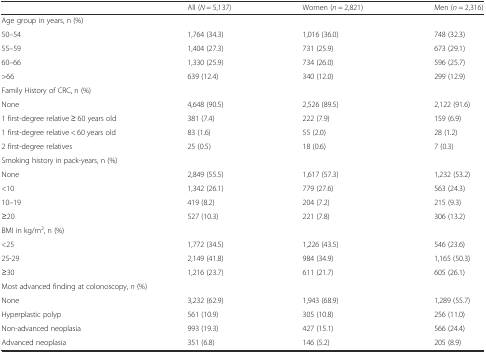
<table><thead><tr><td></td><td><b>All (<i>N</i> = 5,137)</b></td><td><b>Women (<i>n</i> = 2,821)</b></td><td><b>Men (<i>n</i> = 2,316)</b></td></tr></thead><tbody><tr><td>Age group in years, n (%)</td><td></td><td></td><td></td></tr><tr><td>50–54</td><td>1,764 (34.3)</td><td>1,016 (36.0)</td><td>748 (32.3)</td></tr><tr><td>55–59</td><td>1,404 (27.3)</td><td>731 (25.9)</td><td>673 (29.1)</td></tr><tr><td>60–66</td><td>1,330 (25.9)</td><td>734 (26.0)</td><td>596 (25.7)</td></tr><tr><td>&gt;66</td><td>639 (12.4)</td><td>340 (12.0)</td><td>299 (12.9)</td></tr><tr><td>Family History of CRC, n (%)</td><td></td><td></td><td></td></tr><tr><td>None</td><td>4,648 (90.5)</td><td>2,526 (89.5)</td><td>2,122 (91.6)</td></tr><tr><td>1 first-degree relative ≥ 60 years old</td><td>381 (7.4)</td><td>222 (7.9)</td><td>159 (6.9)</td></tr><tr><td>1 first-degree relative &lt; 60 years old</td><td>83 (1.6)</td><td>55 (2.0)</td><td>28 (1.2)</td></tr><tr><td>2 first-degree relatives</td><td>25 (0.5)</td><td>18 (0.6)</td><td>7 (0.3)</td></tr><tr><td colspan="2">Smoking history in pack-years, n (%)</td><td></td><td></td></tr><tr><td>None</td><td>2,849 (55.5)</td><td>1,617 (57.3)</td><td>1,232 (53.2)</td></tr><tr><td>&lt;10</td><td>1,342 (26.1)</td><td>779 (27.6)</td><td>563 (24.3)</td></tr><tr><td>10–19</td><td>419 (8.2)</td><td>204 (7.2)</td><td>215 (9.3)</td></tr><tr><td>≥20</td><td>527 (10.3)</td><td>221 (7.8)</td><td>306 (13.2)</td></tr><tr><td>BMI in kg/m<sup>2</sup>, n (%)</td><td></td><td></td><td></td></tr><tr><td>&lt;25</td><td>1,772 (34.5)</td><td>1,226 (43.5)</td><td>546 (23.6)</td></tr><tr><td>25-29</td><td>2,149 (41.8)</td><td>984 (34.9)</td><td>1,165 (50.3)</td></tr><tr><td>≥30</td><td>1,216 (23.7)</td><td>611 (21.7)</td><td>605 (26.1)</td></tr><tr><td colspan="4">Most advanced finding at colonoscopy, <i>n</i> (%)</td></tr><tr><td>None</td><td>3,232 (62.9)</td><td>1,943 (68.9)</td><td>1,289 (55.7)</td></tr><tr><td>Hyperplastic polyp</td><td>561 (10.9)</td><td>305 (10.8)</td><td>256 (11.0)</td></tr><tr><td>Non-advanced neoplasia</td><td>993 (19.3)</td><td>427 (15.1)</td><td>566 (24.4)</td></tr><tr><td>Advanced neoplasia</td><td>351 (6.8)</td><td>146 (5.2)</td><td>205 (8.9)</td></tr></tbody></table>